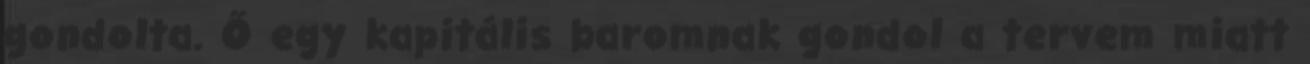
gondolta. Ő egy kapitális baromnak gondol a tervem miatt